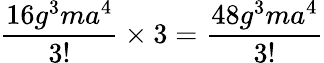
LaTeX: \frac{16g^{3}ma^{4}}{3!}\times 3=\frac{48g^{3}ma^{4}}{3!}